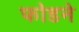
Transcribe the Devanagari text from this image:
फोडने